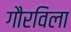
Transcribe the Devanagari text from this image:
गौरविला